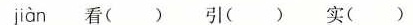
jiàn 看( ) 引( ) 实( )